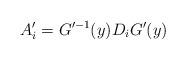
LaTeX: \begin{align*}A^{\prime}_{i}=G^{\prime -1}(y)D_{i}G^{\prime }(y)\end{align*}